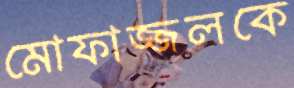
মোফাজ্জলকে